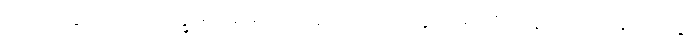
ကြားချေလော။ ပက္ခိမ၊ အတောင်ရှိသော။ ဥက္ကုသရာဇ၊ ဝန်လိုငှက်မင်း။ တွံ၊